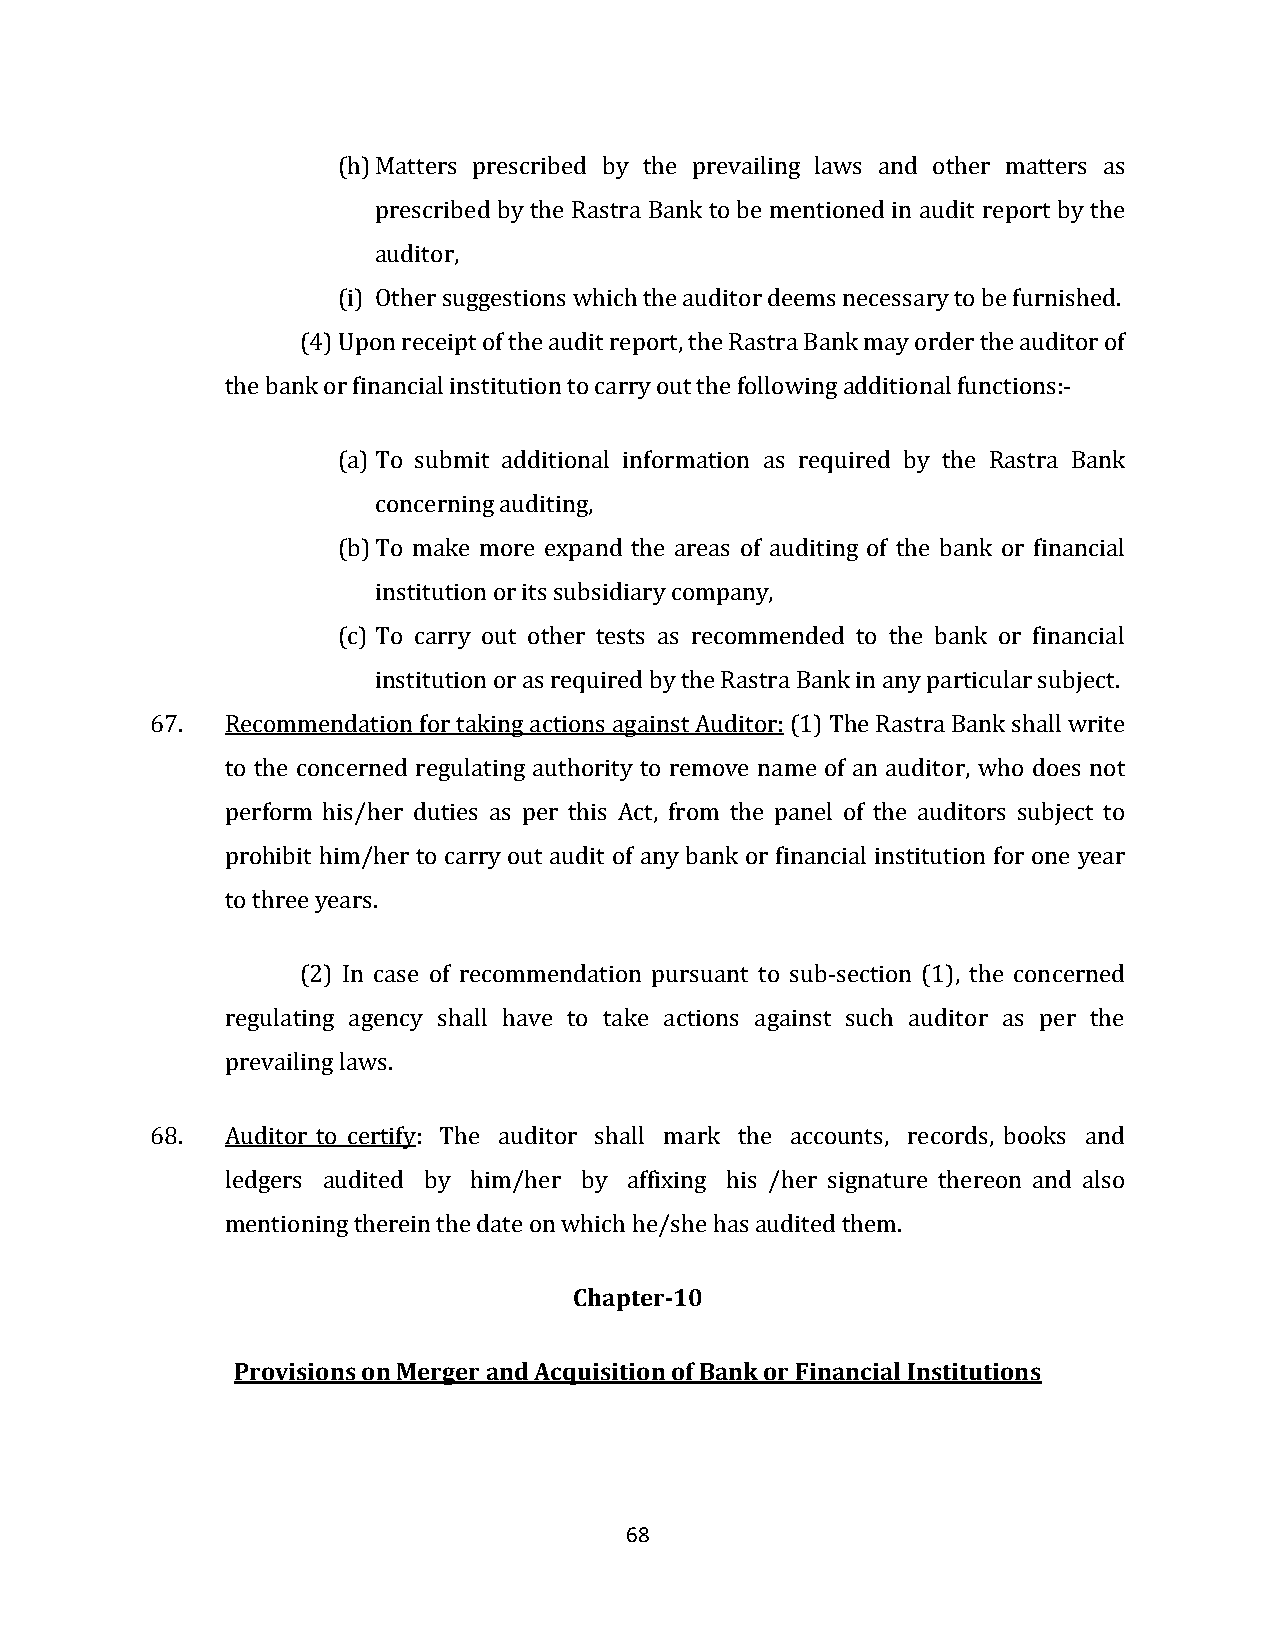
(h) Matters prescribed by the prevailing laws and other matters as
 prescribed by the Rastra Bank to be mentioned in audit report by the
 auditor,
 (i) Other suggestions which the auditor deems necessary to be furnished.
 (4) Upon receipt of the audit report, the Rastra Bank may order the auditor of
 the bank or financial institution to carry out the following additional functions:-
 (a) To submit additional information as required by the Rastra Bank
 concerning auditing,
 (b) To make more expand the areas of auditing of the bank or financial
 institution or its subsidiary company,
 (c) To carry out other tests as recommended to the bank or financial
 institution or as required by the Rastra Bank in any particular subject.
 67.  Recommendation for taking actions against Auditor: (1) The Rastra Bank shall write
 to the concerned regulating authority to remove name of an auditor, who does not
 perform his/her duties as per this Act, from the panel of the auditors subject to
 prohibit him/her to carry out audit of any bank or financial institution for one year
 to three years.
 (2) In case of recommendation pursuant to sub-section (1), the concerned
 regulating agency shall have to take actions against such auditor as per the
 prevailing laws.
 68.  Auditor to certify: The auditor shall mark the accounts, records, books and
 ledgers audited by him/her by affixing his /her signature thereon and also
 mentioning therein the date on which he/she has audited them.
 Chapter-10
 Provisions on Merger and Acquisition of Bank or Financial Institutions
 68